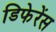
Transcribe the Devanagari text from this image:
डिफेरेंस